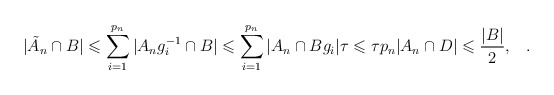
\begin{align*}|\tilde A_n\cap B| \leqslant \sum_{i = 1}^{p_n} \vert A_ng_i^{-1} \cap B \vert \leqslant \sum_{i = 1}^{p_n} \vert A_n \cap Bg_i \vert \tau \leqslant \tau p_n\vert A_n \cap D \vert \leqslant \frac{\vert B \vert}{2}, \;\;\;.\end{align*}